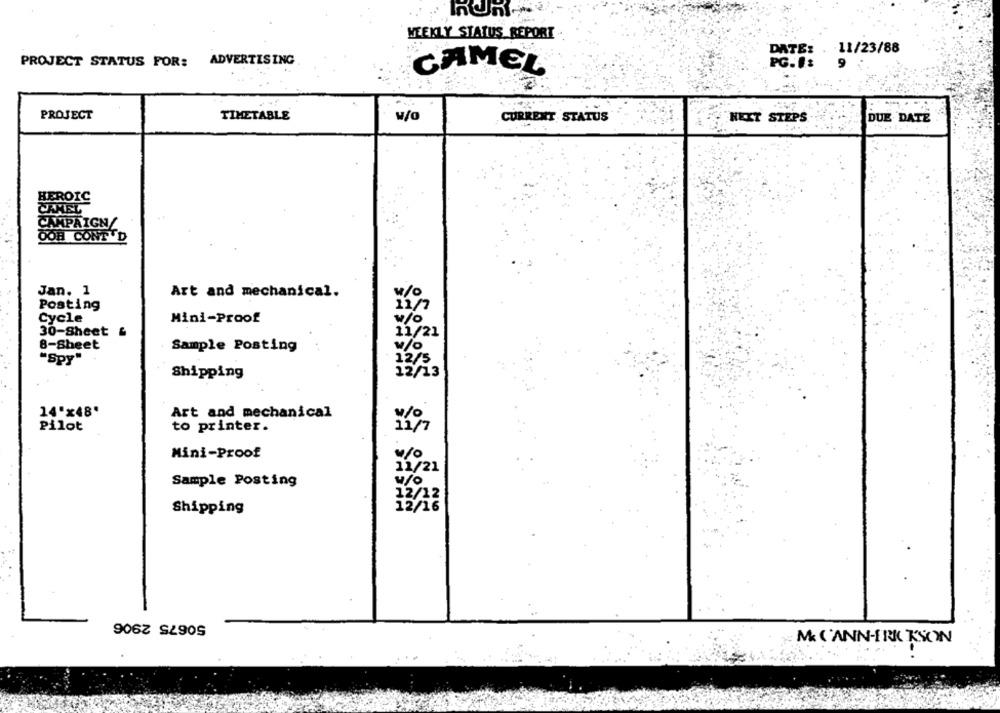
WEEKLY STATUS REPORT
11/23/88
DATE:
PROJECT STATUS FOR: ADVERTISING
PG.1:
9
CAMEL
PROJECT
TIMETABLE
CURRENT STATUS
NEXT STEPS
DUE DATE
HEROIC
CAMEL
CAMPAIGN/
OOH CONT"D
Jan. 1
Art and mechanical.
w/O
Posting
11/7
Cycle
Mini-Proof
w/o
30-Sheet
11/21
8-Sheet
Sample Posting
w/o
12/5
"Spy"
Shipping
12/13
14"x48'
Art and mechanical
u/o
Pilot
to printer.
11/7
Mini-Proof
w/o
11/21
Sample Posting
w/o
12/12
12/16
Shipping
50675 2906
M ('ANN-FRK KSON